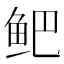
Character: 鲃